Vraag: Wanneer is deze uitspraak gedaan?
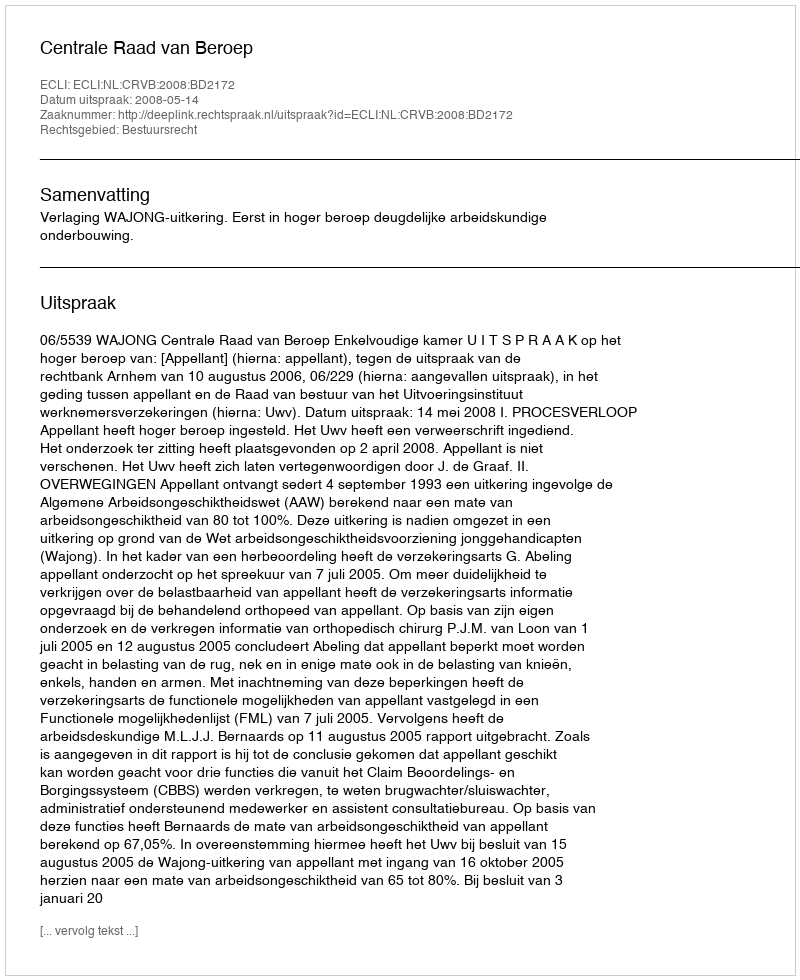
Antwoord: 2008-05-14